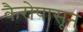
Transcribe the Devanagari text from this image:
कैरोपासून